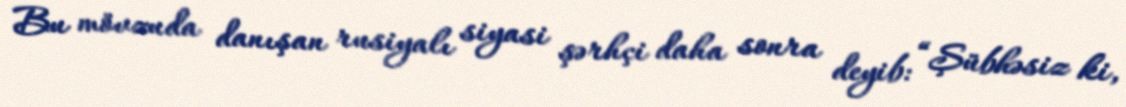
Bu mövzuda danışan rusiyalı siyasi şərhçi daha sonra deyib: “Şübhəsiz ki,